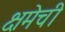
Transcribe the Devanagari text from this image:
क्षमेची